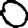
Digit: 0